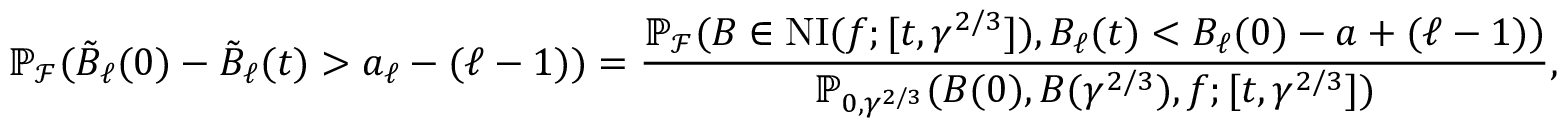
\mathbb { P } _ { \mathcal { F } } ( \tilde { B } _ { \ell } ( 0 ) - \tilde { B } _ { \ell } ( t ) > a _ { \ell } - ( \ell - 1 ) ) = \frac { \mathbb { P } _ { \mathcal { F } } ( B \in \operatorname { N I } ( f ; [ t , \gamma ^ { 2 / 3 } ] ) , B _ { \ell } ( t ) < B _ { \ell } ( 0 ) - a + ( \ell - 1 ) ) } { \mathbb { P } _ { 0 , \gamma ^ { 2 / 3 } } ( B ( 0 ) , B ( \gamma ^ { 2 / 3 } ) , f ; [ t , \gamma ^ { 2 / 3 } ] ) } ,